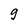
Character: 9